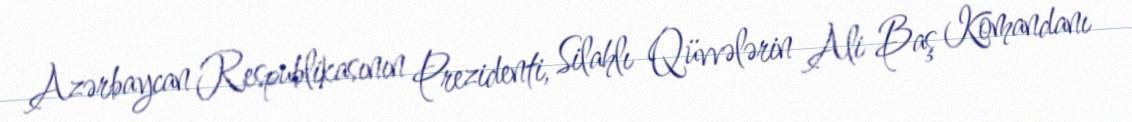
Azərbaycan Respublikasının Prezidenti, Silahlı Qüvvələrin Ali Baş Komandanı